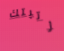
رتبتك